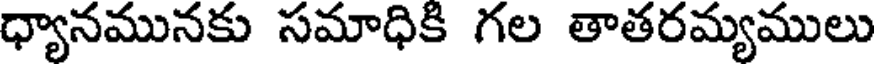
ధ్యానమునకు సమాధికి గల తాతరమ్యములు